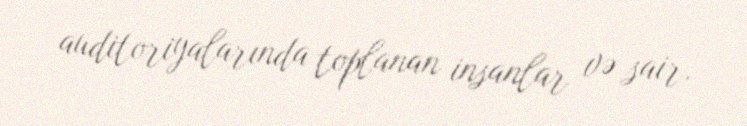
auditoriyalarında toplanan insanlar və sair.